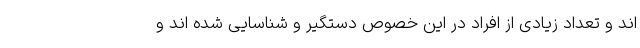
اند و تعداد زیادی از افراد در این خصوص دستگیر و شناسایی شده اند و